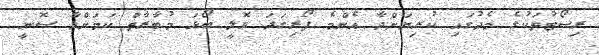
ރިސޯޓުތަކުގެ މެދުގައި ކުރިޔަށްދާ އެންމެ ފޯރިގަދަ ވޮލީ ބޯޅަ މުބާރާތް ކަމަށްވާ ސޮނީ